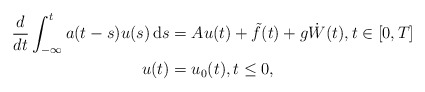
\begin{align*} \begin{aligned} \frac{d}{dt} \int_{-\infty}^t a(t-s)u(s) \, {\rm d}s &= A u(t) + \tilde f(t) + g \dot W(t), t \in [0,T] \\ u(t) &= u_0(t), t \le 0, \end{aligned}\end{align*}